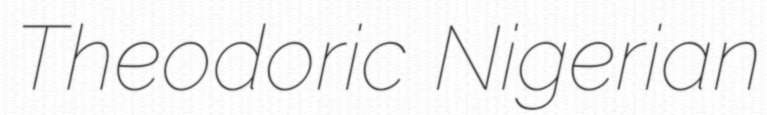
Theodoric Nigerian